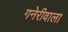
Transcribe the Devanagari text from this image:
गनेरीवाला